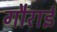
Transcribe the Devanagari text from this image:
गौराई